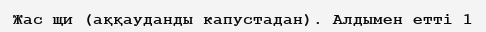
Жас щи (аққауданды капустадан). Алдымен етті 1